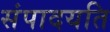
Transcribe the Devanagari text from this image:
संपादयति